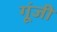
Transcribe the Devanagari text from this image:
गूंजी